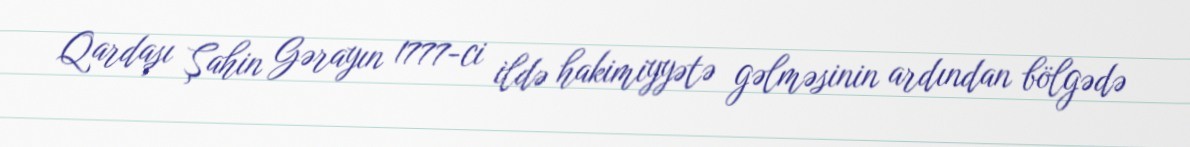
Qardaşı Şahin Gərayın 1777-ci ildə hakimiyyətə gəlməsinin ardından bölgədə